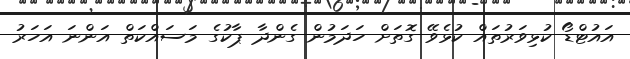
އައުޓްޑޯ ކުޅިވަރުތައް ކުޅެވޭ ގޮތަށް ހަދަމުން ގެންދާ ޕާކުގެ މަސައްކަތް އަންނަ އަހަރު